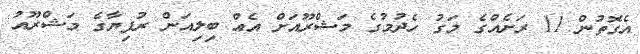
އެގޮތުން 11 ރަށެއްގެ މަގު ހެދުމުގެ މަޝްރޫއަށް އެއް ބިލިއަން ރުފިޔާގެ މަޝްރޫއު